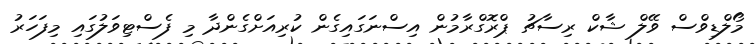
މޯލްޑިވްސް ވޭލް ޝާކް ރިސާޗު ޕްރޮގްރާމުން އިސްނަގައިގެން ކުރިއަށްގެންދާ މި ފެސްޓިވަލުގައި މިފަހަރު